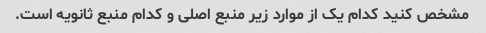
مشخص کنید کدام یک از موارد زیر منبع اصلی و کدام منبع ثانویه است.